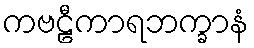
ကဗဠီကာရဘက္ခာနံ